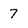
Character: 7